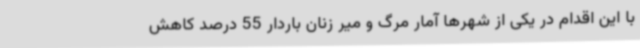
با این اقدام در یکی از شهرها آمار مرگ و میر زنان باردار 55 درصد کاهش